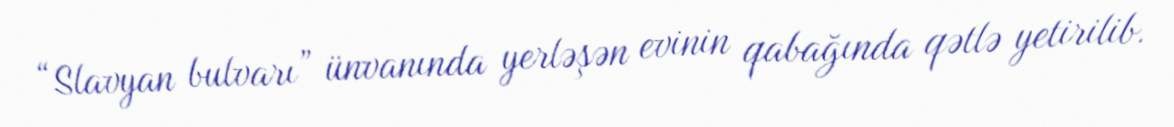
“Slavyan bulvarı” ünvanında yerləşən evinin qabağında qətlə yetirilib.